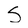
Character: S